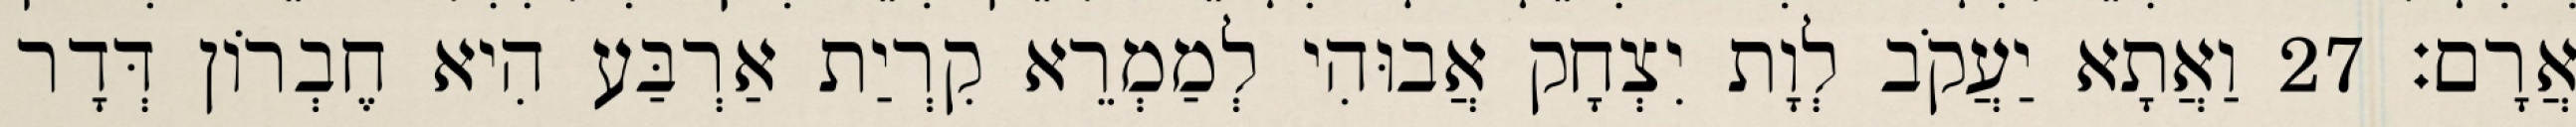
אֲרָם׃ 27 וַאֲתָא יַעֲקֹב לְוָת יִצְחָק אֲבוּהִי לְמַמְרֵא קִרְיַת אַרְבַּע הִיא חֶבְרוֹן דְּדָר